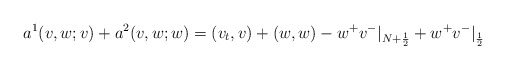
\begin{align*} a^1(v, w; v)+a^2(v, w; w)=(v_t,v)+(w,w)-w^+v^-|_{N+\frac 12}+w^+v^-|_{\frac 12}\end{align*}